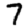
Digit: 7